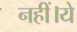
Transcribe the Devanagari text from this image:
नहीं।ये